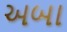
અબા